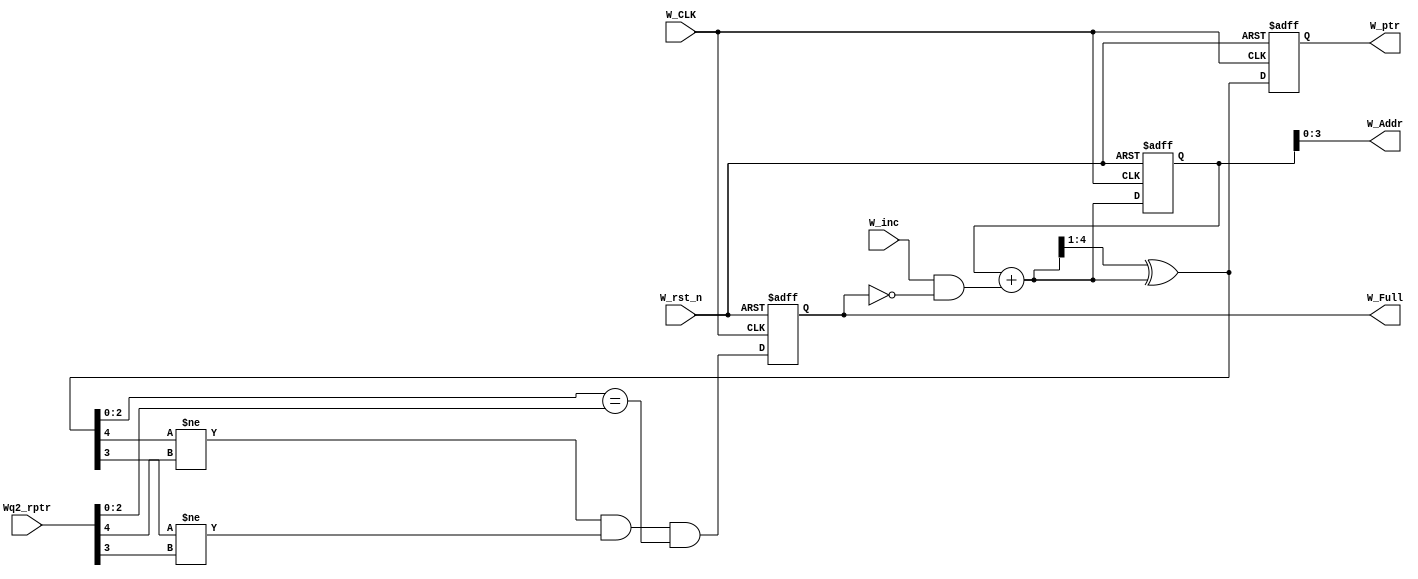
// This program was cloned from: https://github.com/MahmouodMagdi/Clock-Domain-Crossing-Synchronizers
// License: MIT License

module FIFO_Write_Pointer #(

	parameter ADDR_WIDTH = 4
	
)(

	input  wire 					 W_CLK, 
	input  wire 					 W_rst_n,
	input  wire 					 W_inc,
	input  wire [ADDR_WIDTH     : 0] Wq2_rptr,						// Synchronized Read pointer  
	
	output reg 						 W_Full,
	output reg  [ADDR_WIDTH     : 0] W_ptr,							// Binary write pointer that needs to be converted to Gray one		
	output      [ADDR_WIDTH - 1 : 0] W_Addr
	
);

	reg  [ADDR_WIDTH: 0] Binary_W_ptr;								// Binary Value of the Write Pointer 
	wire [ADDR_WIDTH: 0] Gray_W_ptr , Binary_W_ptr_next;			// Gray Value of the Write Pointer
	wire 				 FULL_VALUE;
	
	always @(posedge W_CLK or negedge W_rst_n)
	begin
	
		if (!W_rst_n)
		begin
		
			W_Full       <= 1'b0;
			W_ptr 		 <= 4'b0000;
			Binary_W_ptr <= 4'b0000;
			
			
		end
		
		else
		begin
			W_Full       <= FULL_VALUE;
			W_ptr 		 <= Gray_W_ptr;
			Binary_W_ptr <= Binary_W_ptr_next;
		end
	end
	
	assign FULL_VALUE        = (Gray_W_ptr[ADDR_WIDTH]!= Wq2_rptr[ADDR_WIDTH])&&                           // MSB of Write Pointer differs from MSB of the Read Pointer
							   (Gray_W_ptr[ADDR_WIDTH-1]!= Wq2_rptr[ADDR_WIDTH - 1]) &&                    
							   (Gray_W_ptr[ADDR_WIDTH-2 : 0] == Wq2_rptr[ADDR_WIDTH - 2 : 0]);
							   
	assign W_Addr 			 = Binary_W_ptr[ADDR_WIDTH - 1 : 0];					// Binary Memory Address
	assign Binary_W_ptr_next = Binary_W_ptr + (W_inc & !W_Full);					
	assign Gray_W_ptr 	     = (Binary_W_ptr_next >> 1) ^ Binary_W_ptr_next;		// Binary to Gray Conversion
	
	
	

endmodule